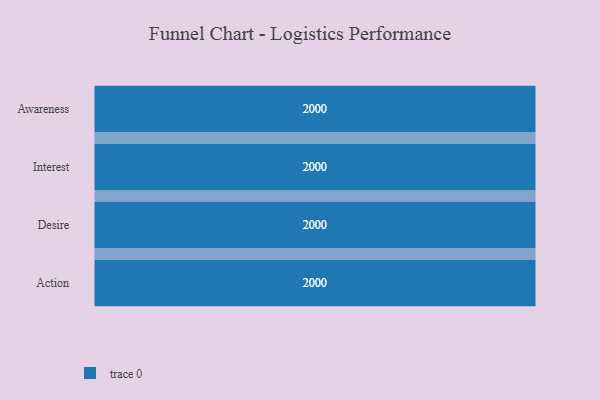
{"axis": {"x": "Stage", "y": "Value"}, "legend": [""], "data": [{"x": "Awareness", "y": 2000, "type": ""}, {"x": "Interest", "y": 2000, "type": ""}, {"x": "Desire", "y": 2000, "type": ""}, {"x": "Action", "y": 2000, "type": ""}]}